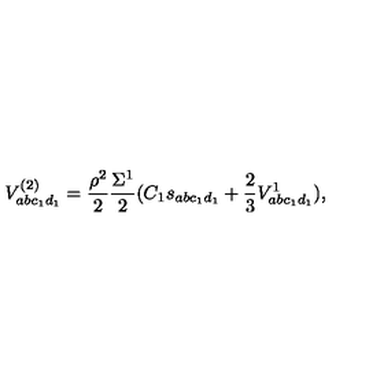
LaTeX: V _ { a b c _ { 1 } d _ { 1 } } ^ { ( 2 ) } = \frac { \rho ^ { 2 } } { 2 } \frac { \Sigma ^ { 1 } } { 2 } ( C _ { 1 } s _ { a b c _ { 1 } d _ { 1 } } + \frac { 2 } { 3 } V _ { a b c _ { 1 } d _ { 1 } } ^ { 1 } ) ,